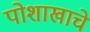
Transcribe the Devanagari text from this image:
पोशाखाचे